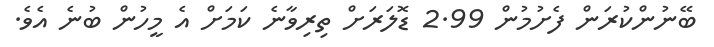
ބޭނުންކުރަން ފެށުމުން 2.99 ޑޮލަރަށް ތިރިވާނެ ކަމަށް އެ މީހުން ބުނެ އެވެ.